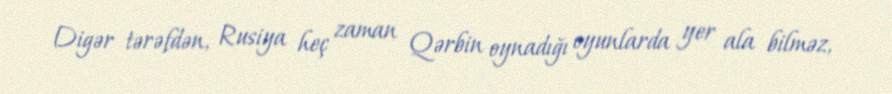
Digər tərəfdən, Rusiya heç zaman Qərbin oynadığı oyunlarda yer ala bilməz,